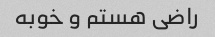
راضی هستم و خوبه